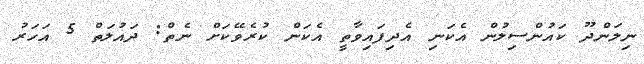
ނިލަންދޫ ކައުންސިލުން އެކަނި އެދިފައިވާތީ އެކަން ކުރެވޭކަށް ނެތް: ދައުލަތް 5 އަހަރު